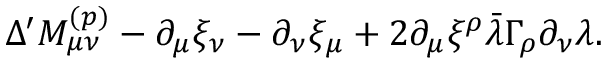
\Delta ^ { \prime } M _ { \mu \nu } ^ { ( p ) } - \partial _ { \mu } \xi _ { \nu } - \partial _ { \nu } \xi _ { \mu } + 2 \partial _ { \mu } \xi ^ { \rho } \bar { \lambda } \Gamma _ { \rho } \partial _ { \nu } \lambda .